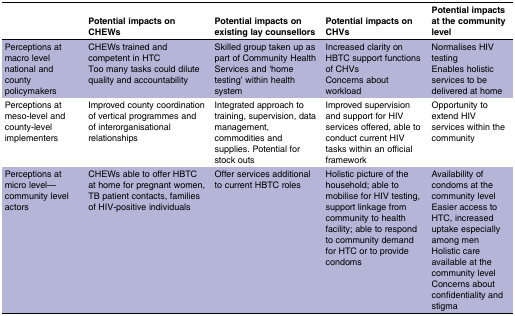
<table><thead><tr><td></td><td><b>Potential impacts on CHEWs</b></td><td><b>Potential impacts on existing lay counsellors</b></td><td><b>Potential impacts on CHVs</b></td><td><b>Potential impacts at the community level</b></td></tr></thead><tbody><tr><td>Perceptions at macro level national and county policymakers</td><td>CHEWs trained and competent in HTCToo many tasks could dilute quality and accountability</td><td>Skilled group taken up as part of Community Health Services and ‘home testing’ within health system</td><td>Increased clarity on HBTC support functions of CHVsConcerns about workload</td><td>Normalises HIV testingEnables holistic services to be delivered at home</td></tr><tr><td>Perceptions at meso-level and county-level implementers</td><td>Improved county coordination of vertical programmes and of interorganisational relationships</td><td>Integrated approach to training, supervision, data management, commodities and supplies. Potential for stock outs</td><td>Improved supervision and support for HIV services offered, able to conduct current HIV tasks within an official framework</td><td>Opportunity to extend HIV services within the community</td></tr><tr><td>Perceptions at micro level—community level actors</td><td>CHEWs able to offer HBTC at home for pregnant women, TB patient contacts, families of HIV-positive individuals</td><td>Offer services additional to current HBTC roles</td><td>Holistic picture of the household; able to mobilise for HIV testing, support linkage from community to health facility; able to respond to community demand for HTC or to provide condoms</td><td>Availability of condoms at the community levelEasier access to HTC, increased uptake especially among menHolistic care available at the community levelConcerns about confidentiality and stigma</td></tr></tbody></table>